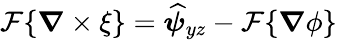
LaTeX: \mathcal{F}\{ \boldsymbol{\nabla}\times\xi\} =\widehat{\boldsymbol{\psi}}_{yz}-\mathcal{F}\{ \boldsymbol{\nabla}\phi\}